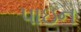
પાઇન